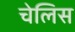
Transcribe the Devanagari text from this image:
चेलिस